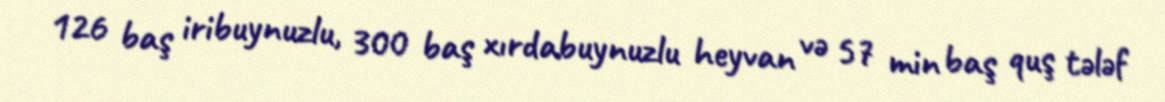
126 baş iribuynuzlu, 300 baş xırdabuynuzlu heyvan və 57 min baş quş tələf